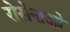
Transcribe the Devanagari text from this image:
रोसेनाओ